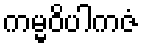
ကမ္မဝိပါကဇံ